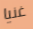
غنيا